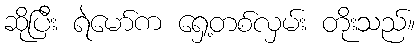
ဆိုပြီး ရဲမော်က ရှေ့တစ်လှမ်း တိုးသည်။